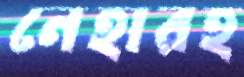
নেহারহ